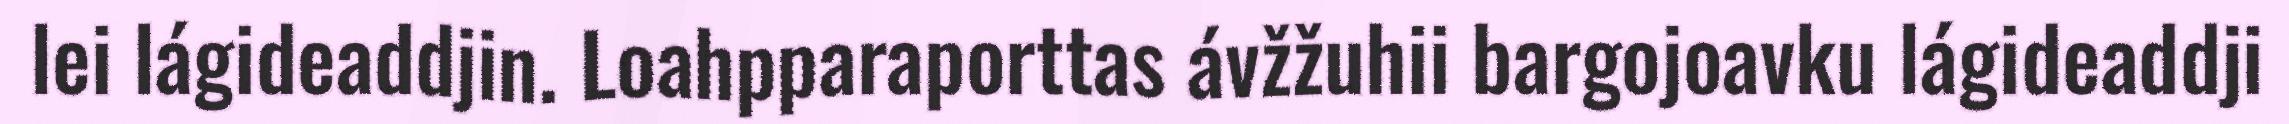
lei lágideaddjin. Loahpparaporttas ávžžuhii bargojoavku lágideaddji